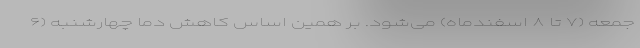
جمعه (۷ تا ۸ اسفندماه)‌ می‌شود. بر همین اساس کاهش دما چهارشنبه (۶